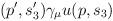
LaTeX: \begin{align*}(p^{\prime },s_{3}^{\prime })\gamma _{\mu }u(p,s_{3})\end{align*}